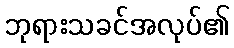
ဘုရားသခင်အလုပ်၏